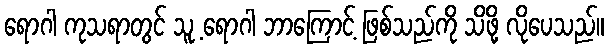
ရောဂါ ကုသရာတွင် သူ့ ရောဂါ ဘာကြောင့် ဖြစ်သည်ကို သိဖို့ လိုပေသည်။